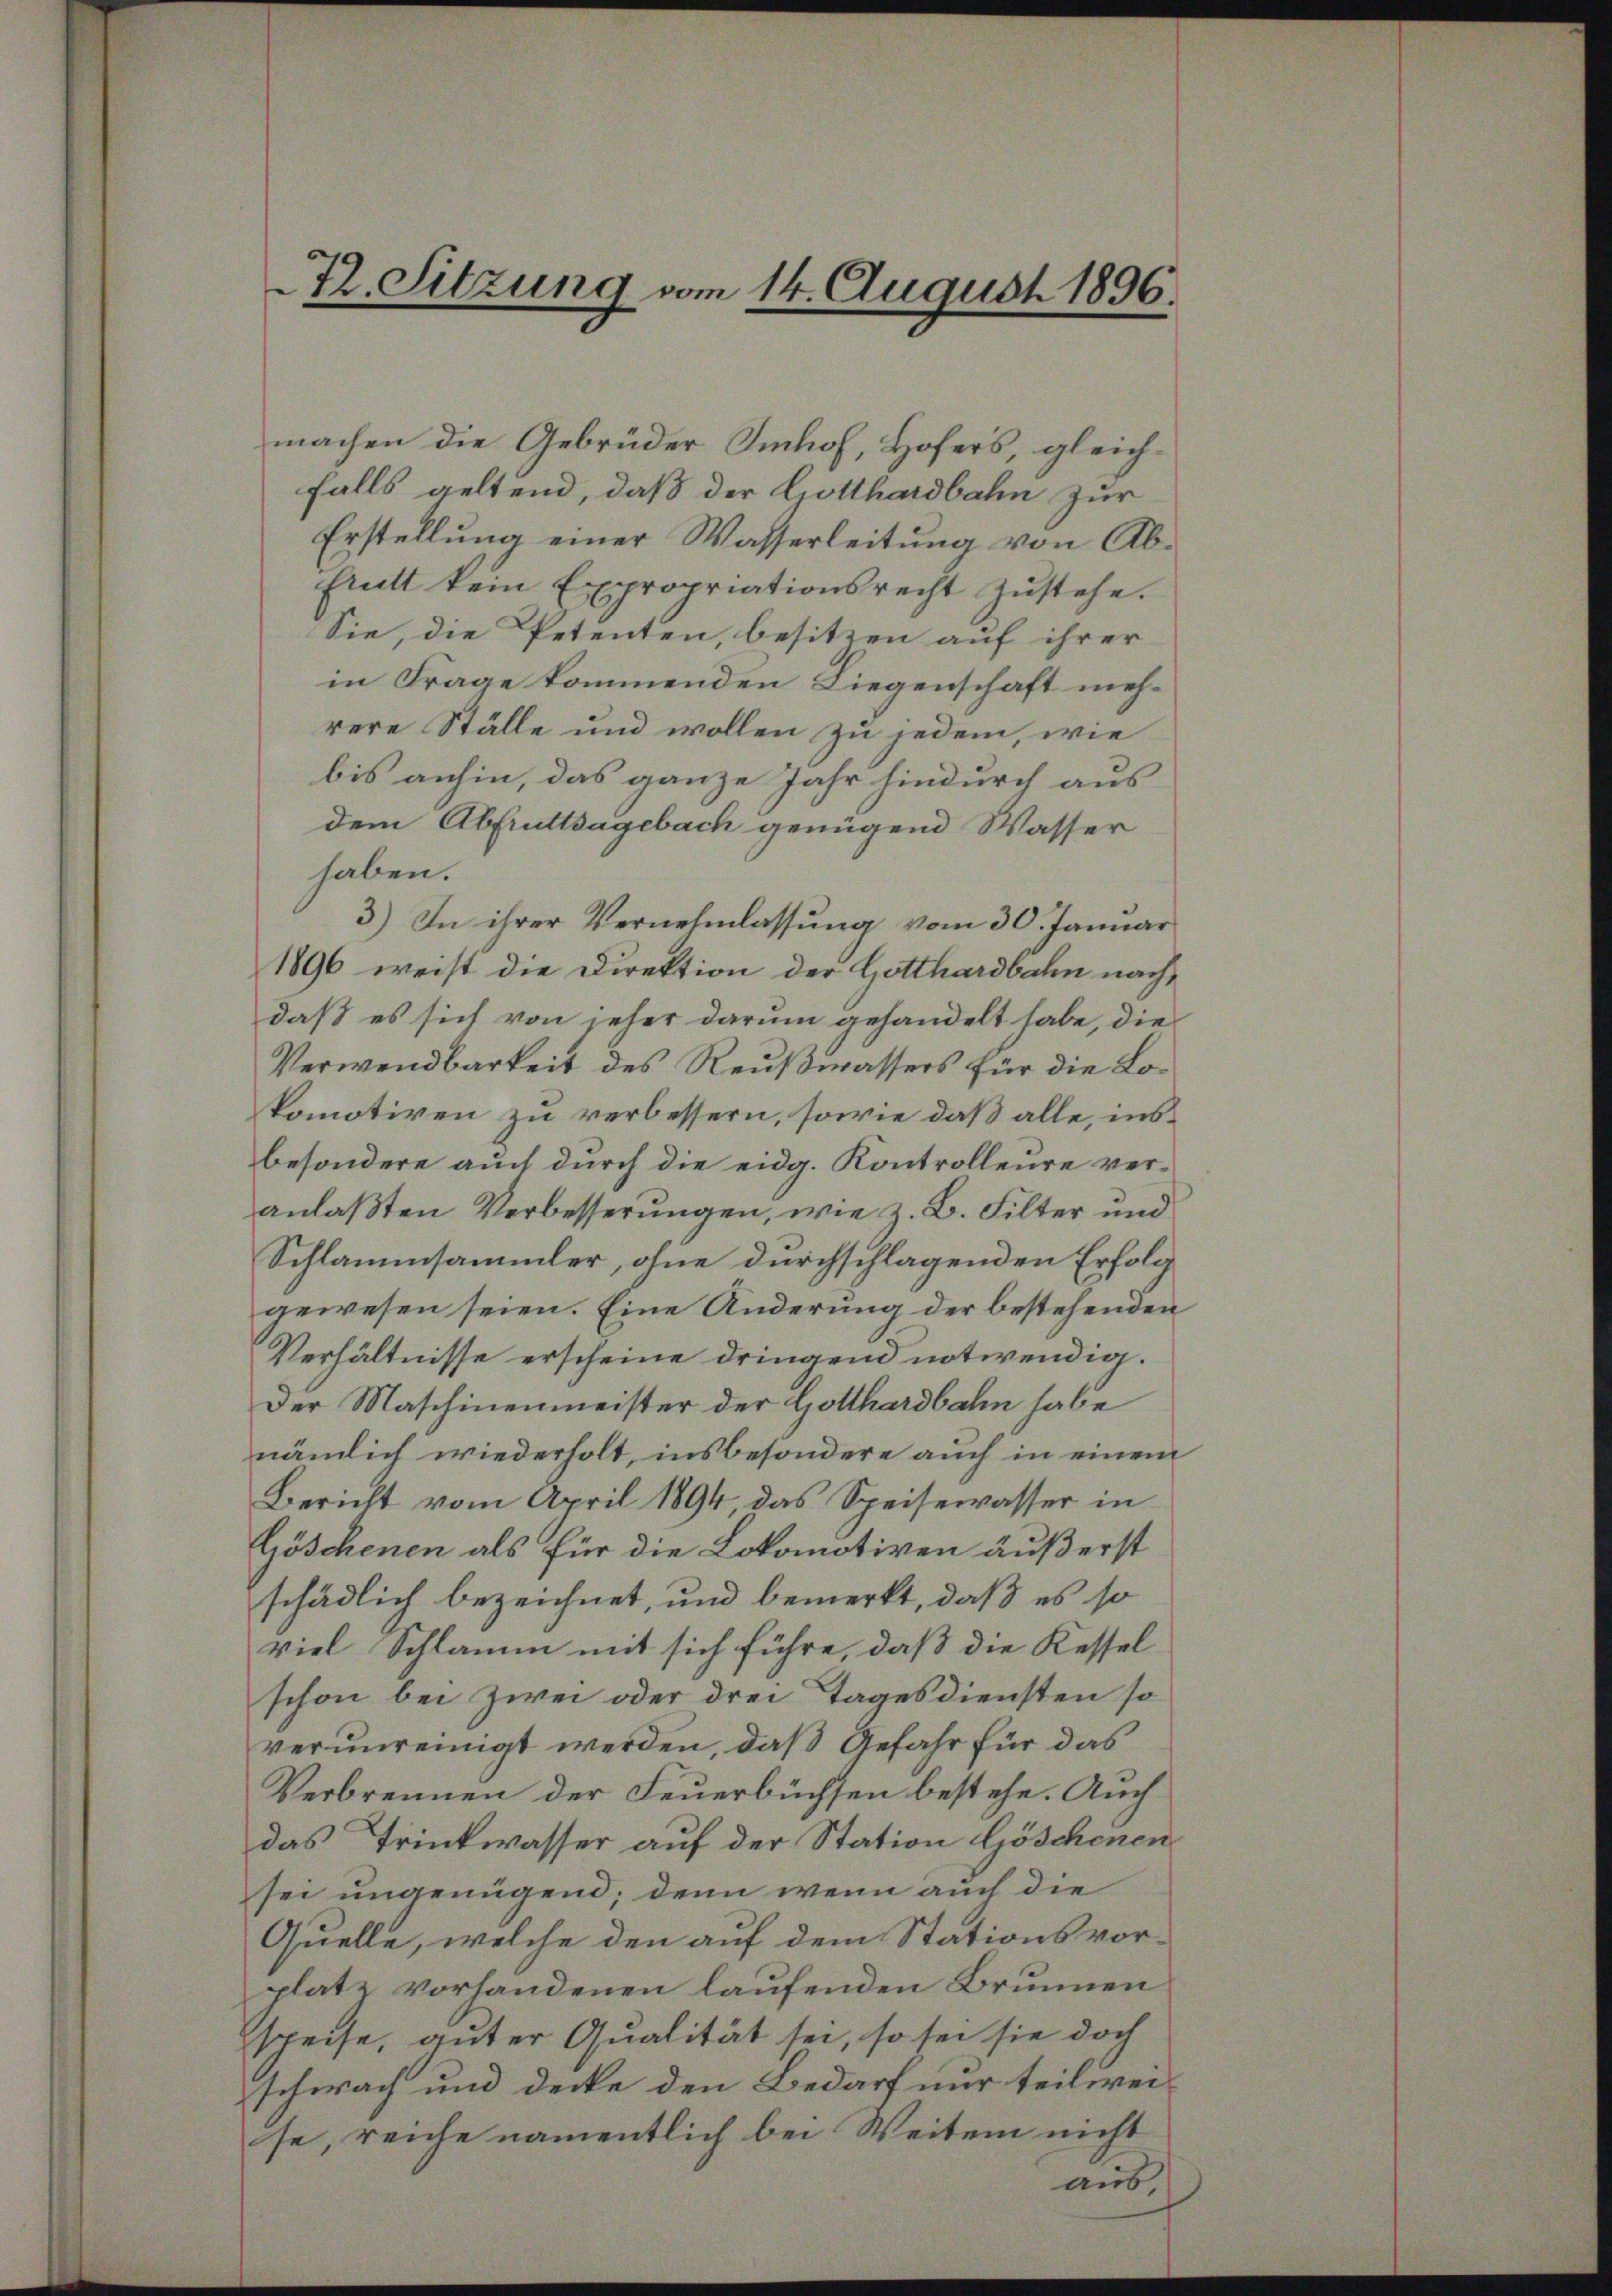
72. Sitzung vom 14. August 1896.

machen die Gebrüder Imhof, Hofers, gleichrere Ställe und wollen zu jedem, wie
dem Abfruttsagebach genügend Wasser
haben.
3) In ihrer Vernehmlassung vom 30. Januar
1896 weist die Direktion der Gotthardbahn nach
daß es sich von jeher darum gehandelt habe, die
Verwendbarkeit des Reußwassers für die Lokomotiren zu verbessern, sowie daß alle, insbesondere auch durch die eidg. Kontrolleure veranlaßten Verbesserungen, wie z. B. Filter und
Schlammsammler, ohne durchschlagenden Erfolg
gewesen seien. Eine Änderung der bestehenden
Verhältnisse erscheine dringend notwendig.
Der Maschinenmeister der Gotthardbahn habe
nämlich wiederholt, insbesondere auch in einem
Bericht vom April 1894, das Speisewasser in
Göschenen als für die Lokomotiven äußerst
schädlich bezeichnet, und bemerkt, daß es so
viel Schlamm mit sich führe, daß die Kessel
schon bei Zwei oder drei Tagesdiensten so
verunreinigt werden, daß Gefahr für das
Verbrennen der Feuerbüchsen bestehe. Auch
das Trinkwasser auf der Station Göschenen
sei ungenügend; denn wenn auch die
Quelle, welche den auf dem Stationsvorplatz vorhandenen laufenden Brunnen
speise, guter Qualität sei, so sei sie doch
schwach und Decke den Bedarf nur teilweise, reiche namentlich bei Weiten nicht
aus,

falls geltend, daß der Gotthardbahn zur
Erstellung einer Wasserleitung von Abfrutt kein Expropriationsrecht zŭstehe.
Sie, die Petenten besitzen auf ihrer
in Frage kommenden Liegenschaft mehbis anhin, das ganze Jahr hindurch aus